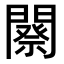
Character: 𨶋